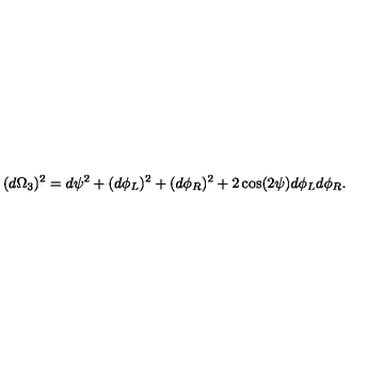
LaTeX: ( d \Omega _ { 3 } ) ^ { 2 } = d \psi ^ { 2 } + ( d \phi _ { L } ) ^ { 2 } + ( d \phi _ { R } ) ^ { 2 } + 2 \cos ( 2 \psi ) d \phi _ { L } d \phi _ { R } .